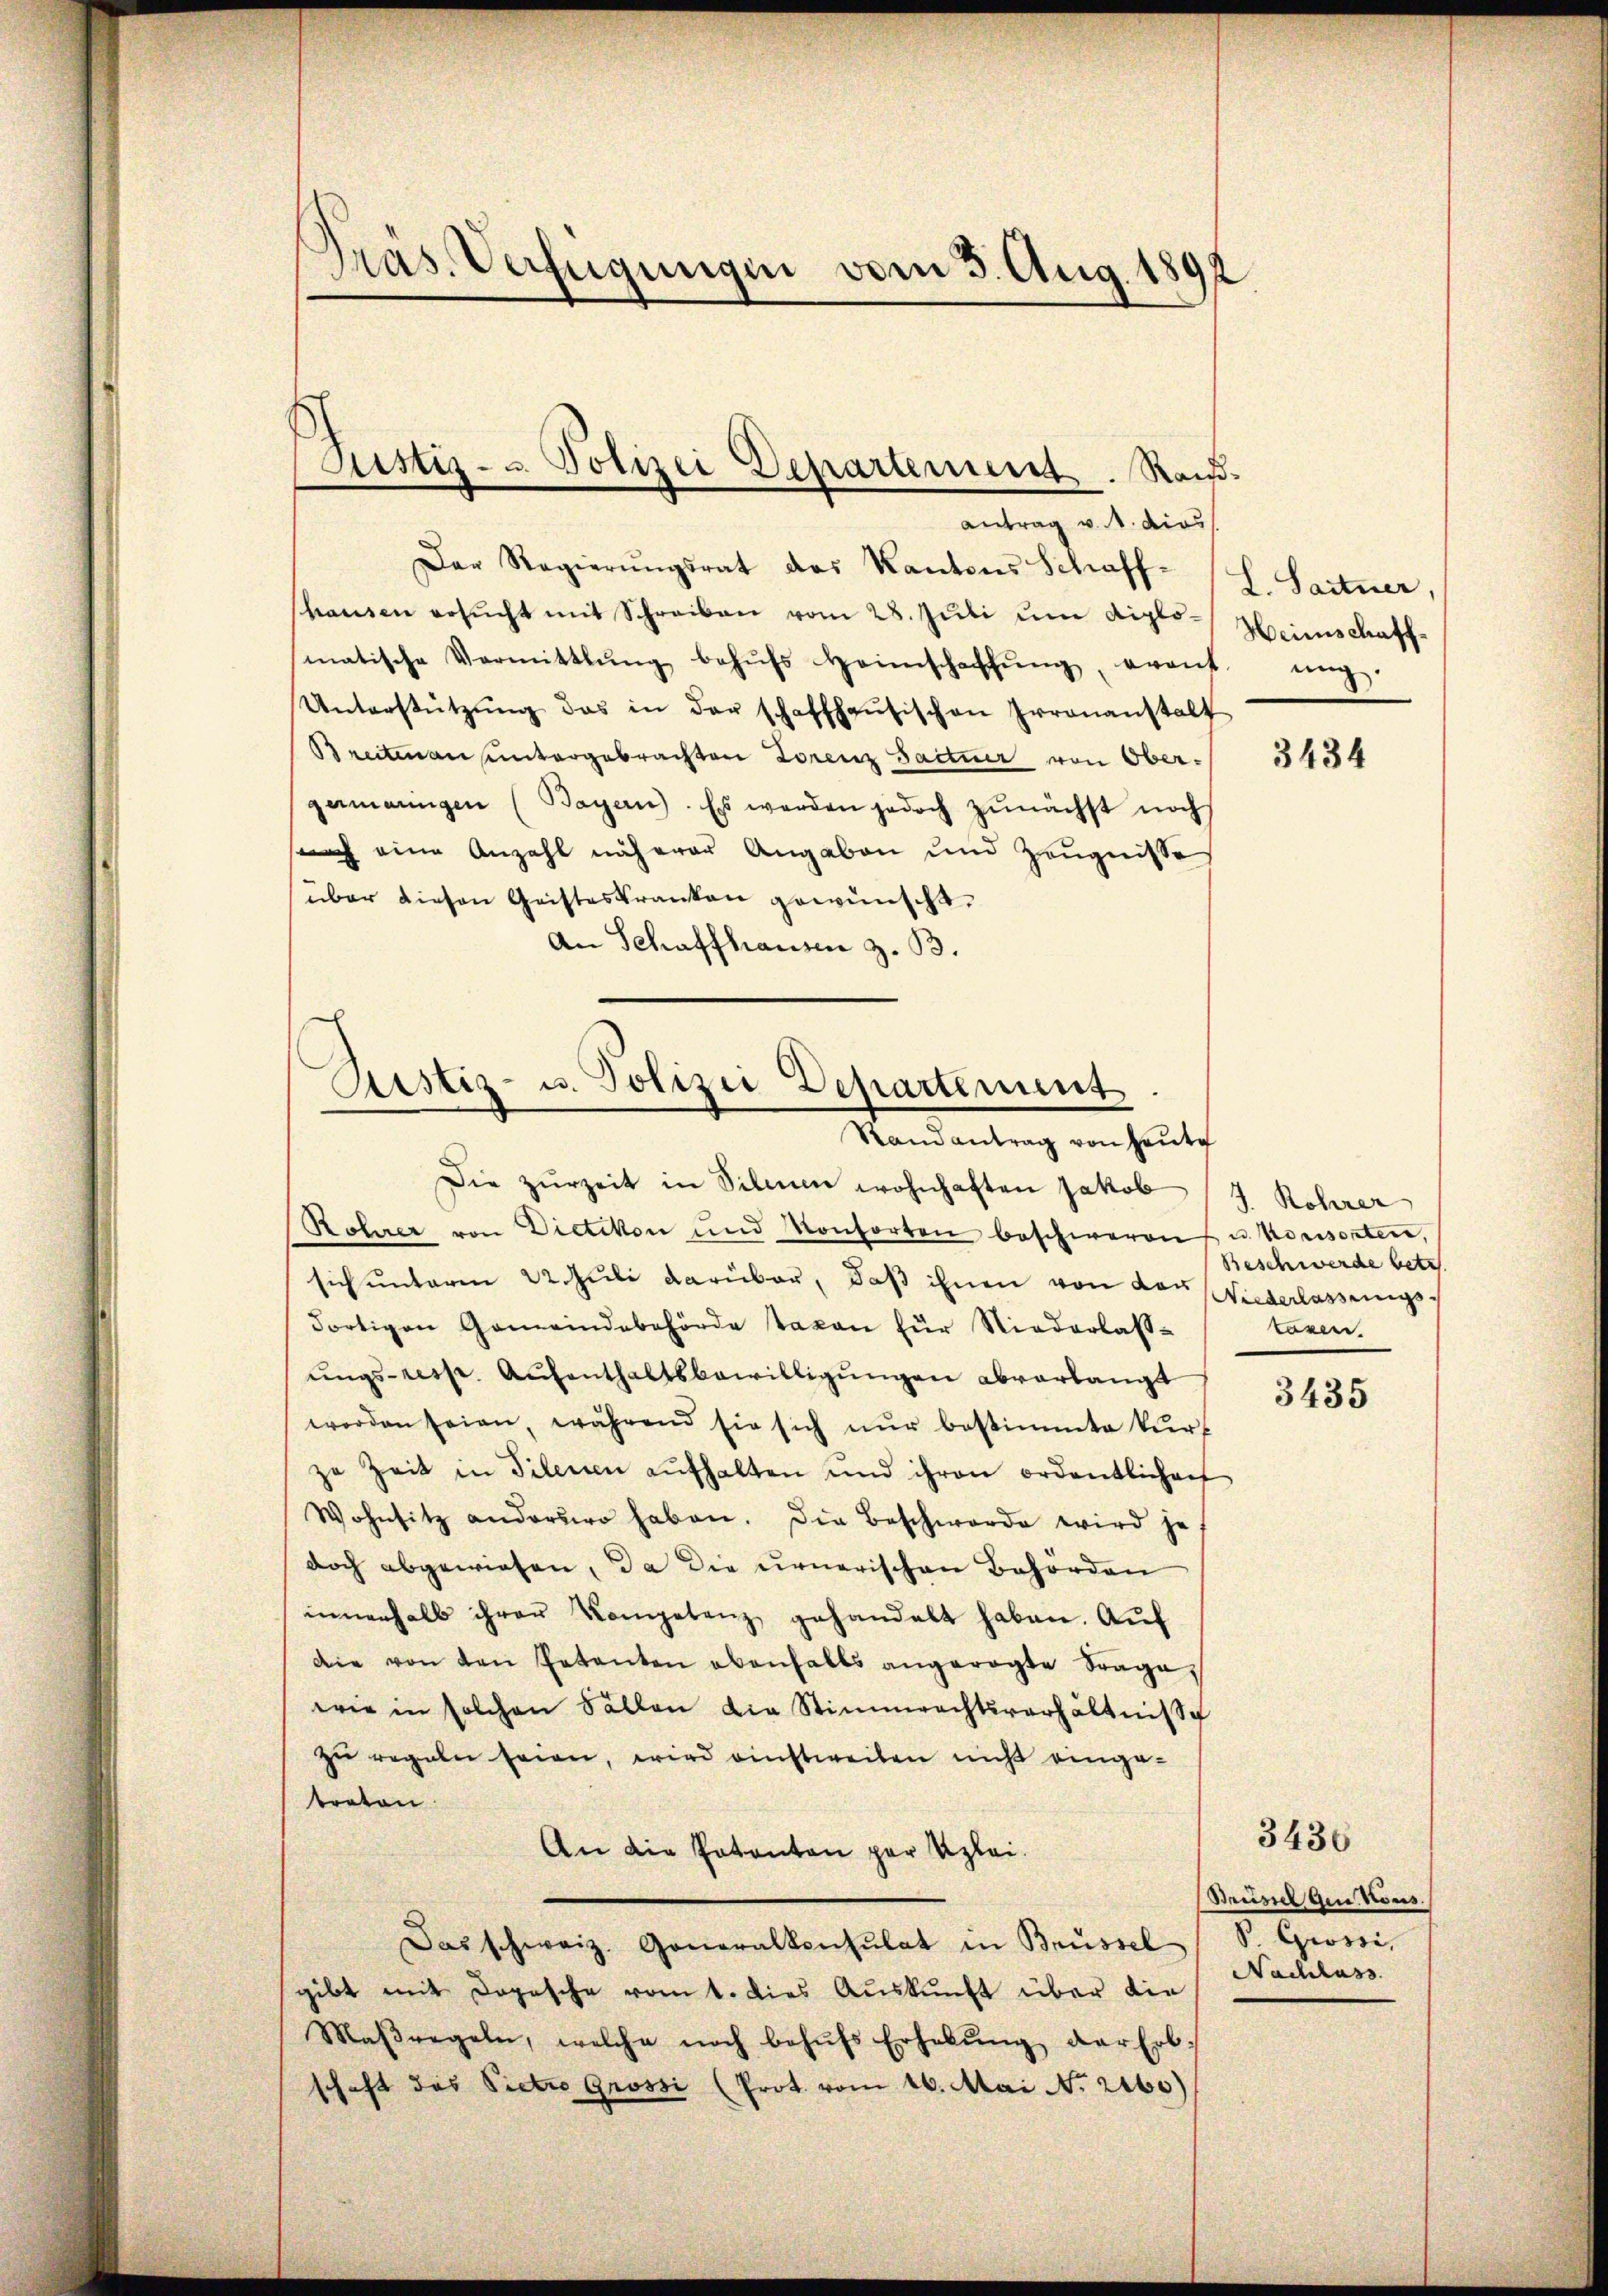
Präs. Verfügungen vom 3. Aug. 1892

Justiz- u. Polizei Departement. Rand¬
Antrag v. M. dies

Der Regierŭngsrat des Kantons Schaff-
hausen ersŭcht mit Schreiben vom 28. Juli um diplo-Heimschaffmatische Vermittlung behŭfs Heimschaffŭng eraŭf nich
Unterstützŭng das in der schaffhausischen Irrenanstalt
Breitenau untergebrachten Lorenz Pactur von Obergermangen (Bayern). Es werden jedoch zŭnächst noch
such eine Anzahl näherer Angaben und Zeugnisse
über diesen Geisteskranken gewünscht.
An Schaffhausen z. B.

Ristiz- u. Polizei Departement
Randantrag von Heute

Die zurzeit in Silium wohnhaften Jakob
Rohner von Dietikon und Konsorten beschweren u. Konsorten,
sich unterm 22. Juli darüber, daß ihnen von der Wiederlassungsdortigen Gemeindebehörde taxen für Niederlass-
ŭngs- resp. Aŭfenthaltsbewilligŭngen abverlangt
worden seien, während sie sich nŭr bestimmte Kŭr-
ze Zeit in Filenen aŭfhalten und ihren ordentlichen
Wohnsitz anderer haben. Die Beschwerde wird je
doch abgewiesen, da die urnerischen Behörden
innerhalb ihrer Kompetenz gehandelt haben. Auf
die von den Petenten ebenfalls angeregte Frage,
wie in solchen Fällen die Stimmrechtsverhältnisse
zu regeln seien, wird einstweilen nicht eingetreten.
An die Patenten par Klei¬
Das schweiz. Generalkonsulat in Brüssel, S. Grossi,
gibt mit Dopesche vom 1. dies Auskunft über die
Maβregeln, welche noch behŭfs Erhebŭng der Erb-
schaft das Pietro Grossi (Prot. vom 16. Mai N. 2160)

L. Saitner,

3434

J. Rohrer
Beschwerde betr.
kasen.

3435

Busser Qui tous
Nachlass

3430